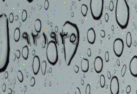
٩٢١٩٣٥